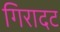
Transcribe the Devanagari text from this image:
गिरादट